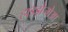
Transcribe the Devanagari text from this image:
हाइड्रोजोआ